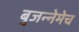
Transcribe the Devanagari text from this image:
बुजन्नेमेच